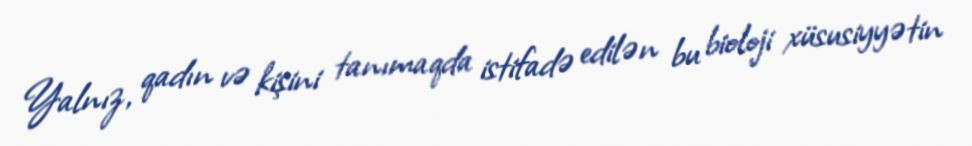
Yalnız, qadın və kişini tanımaqda istifadə edilən bu bioloji xüsusiyyətin